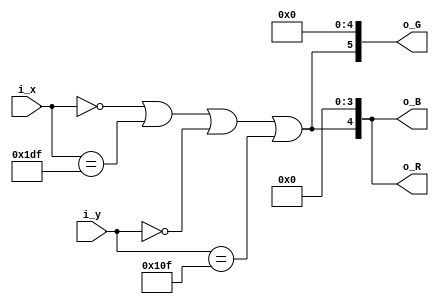
// 1 pixel white edge
module pat_edge (
    input [8:0] i_x,
    input [8:0] i_y,
    output [4:0] o_R,
    output [5:0] o_G,
    output [4:0] o_B
);

wire on = (i_x == 0) | (i_x == 479) | (i_y == 0) | (i_y == 271);

assign o_R = {on, 4'b0};
assign o_G = {on, 5'b0};
assign o_B = {on, 4'b0};

endmodule